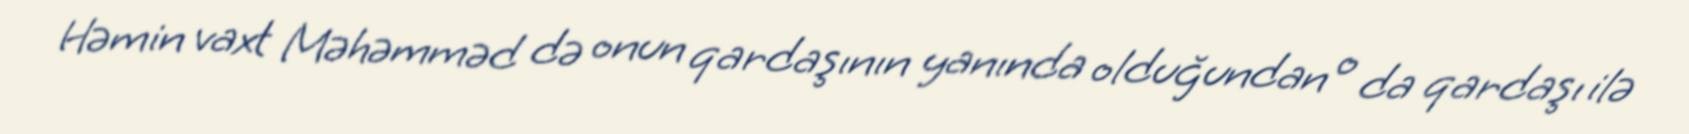
Həmin vaxt Məhəmməd də onun qardaşının yanında olduğundan o da qardaşı ilə